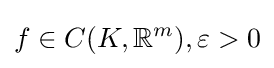
f\in C(K,\mathbb {R} ^{m}),\varepsilon >0